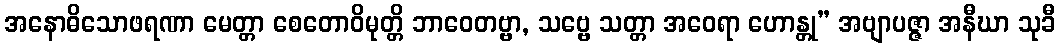
အနောဓိသောဖရဏာ မေတ္တာ စေတောဝိမုတ္တိ ဘာဝေတဗ္ဗာ, သဗ္ဗေ သတ္တာ အဝေရာ ဟောန္တု” အဗျာပဇ္ဇာ အနီဃာ သုခီ